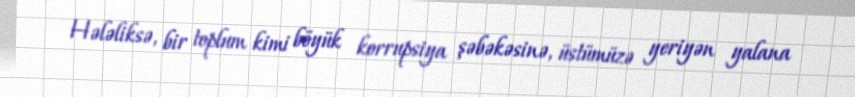
Hələliksə, bir toplum kimi böyük korrupsiya şəbəkəsinə, üstümüzə yeriyən yalana